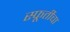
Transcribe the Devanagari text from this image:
स्फूर्तीचा